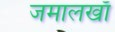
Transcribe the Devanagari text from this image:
जमालखाँ